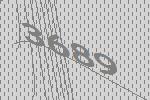
3689